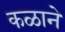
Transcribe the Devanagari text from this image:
कळाने